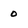
Character: 0